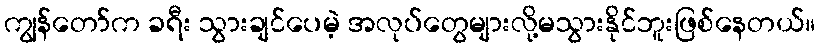
ကျွန်တော်က ခရီး သွားချင်ပေမဲ့ အလုပ်တွေများလို့မသွားနိုင်ဘူးဖြစ်နေတယ်။